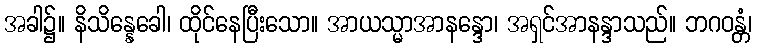
အခါ၌။ နိသိန္နေခေါ၊ ထိုင်နေပြီးသော။ အာယသ္မာအာနန္ဒော၊ အရှင်အာနန္ဒာသည်။ ဘဂဝန္တံ၊